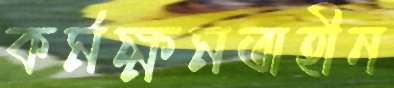
কর্মক্ষমতাহীন